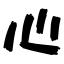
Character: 心